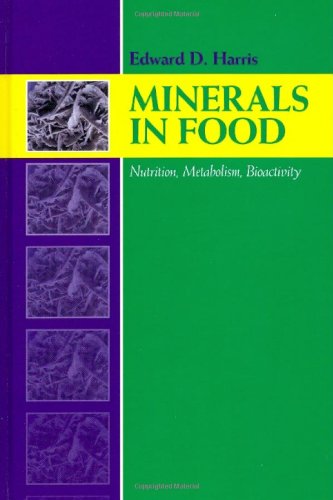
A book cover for Minerals in Foods: Bioactivity, Metabolism, Nutrition; Edward Harris; Medical Books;